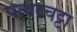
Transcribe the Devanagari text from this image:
पत्थरचट्टा